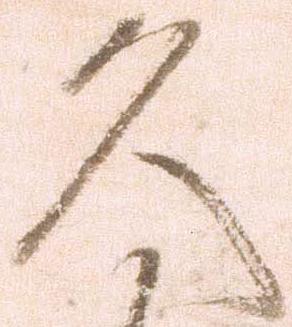
久